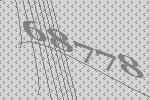
68778